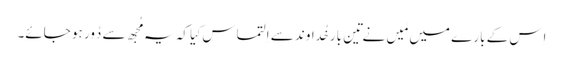
اِس کے بارے میں مَیں نے تِین بار خُداوند سے اِلتماس کِیا کہ یہ مُجھ سے دُور ہو جائے۔